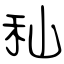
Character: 秈